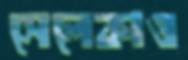
সেলেকাও